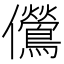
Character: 𫤔